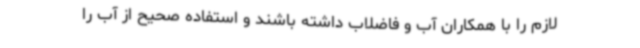
لازم را با همکاران آب و فاضلاب داشته باشند و استفاده صحیح از آب را